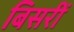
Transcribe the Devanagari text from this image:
बिसरीं